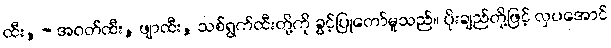
ထီး, - အဝတ်ထီး, ဖျာထီး, သစ်ရွက်ထီးတို့ကို ခွင့်ပြုတော်မူသည်။ ပိုးချည်တို့ဖြင့် လှပအောင်